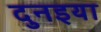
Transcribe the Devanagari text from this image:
दुनइया